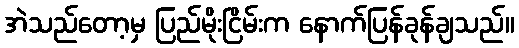
အဲသည်တော့မှ ပြည်မိုးငြိမ်းက နောက်ပြန်ခုန်ချသည်။